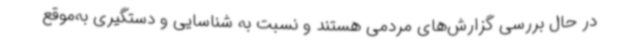
در حال بررسی گزارش‌های مردمی هستند و نسبت به شناسایی و دستگیری به‌موقع